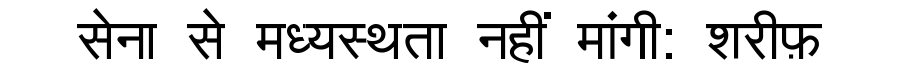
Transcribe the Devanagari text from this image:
सेना से मध्यस्थता नहीं मांगी: शरीफ़